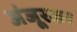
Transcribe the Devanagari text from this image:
अंजूरकर